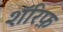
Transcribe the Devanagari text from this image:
शॅरिफ़